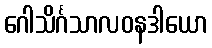
ဂေါသိင်္ဂသာလဝနဒါယော